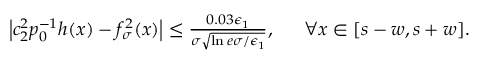
\begin{array} { r l } { \left| c _ { 2 } ^ { 2 } p _ { 0 } ^ { - 1 } h ( x ) - f _ { \sigma } ^ { 2 } ( x ) \right| \le \frac { 0 . 0 3 \epsilon _ { 1 } } { \sigma \sqrt { \ln { e \sigma / \epsilon _ { 1 } } } } , ~ } & { { } ~ \forall x \in [ s - w , s + w ] . } \end{array}